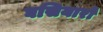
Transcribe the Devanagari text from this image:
घसियारों